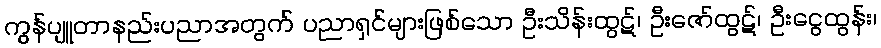
ကွန်ပျူတာနည်းပညာအတွက် ပညာရှင်များဖြစ်သော ဦးသိန်းထွဋ်၊ ဦးဇော်ထွဋ်၊ ဦးငွေထွန်း၊